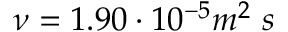
\nu = 1 . 9 0 \cdot 1 0 ^ { - 5 } m ^ { 2 } \ s